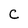
Character: C